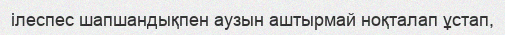
ілеспес шапшандықпен аузын аштырмай ноқталап ұстап,